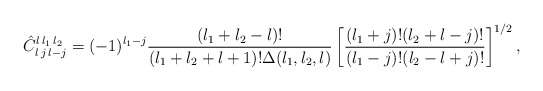
\begin{align*}\hat{C}^{l\,l_1\,l_2}_{l\,j\,l-j} = (-1)^{l_1-j}{(l_1+l_2-l)!\over(l_1+l_2+l+1)! \Delta(l_1,l_2,l)}\left[{(l_1+j)!(l_2+l-j)!\over (l_1-j)!(l_2-l+j)!}\right]^{1/2},\end{align*}